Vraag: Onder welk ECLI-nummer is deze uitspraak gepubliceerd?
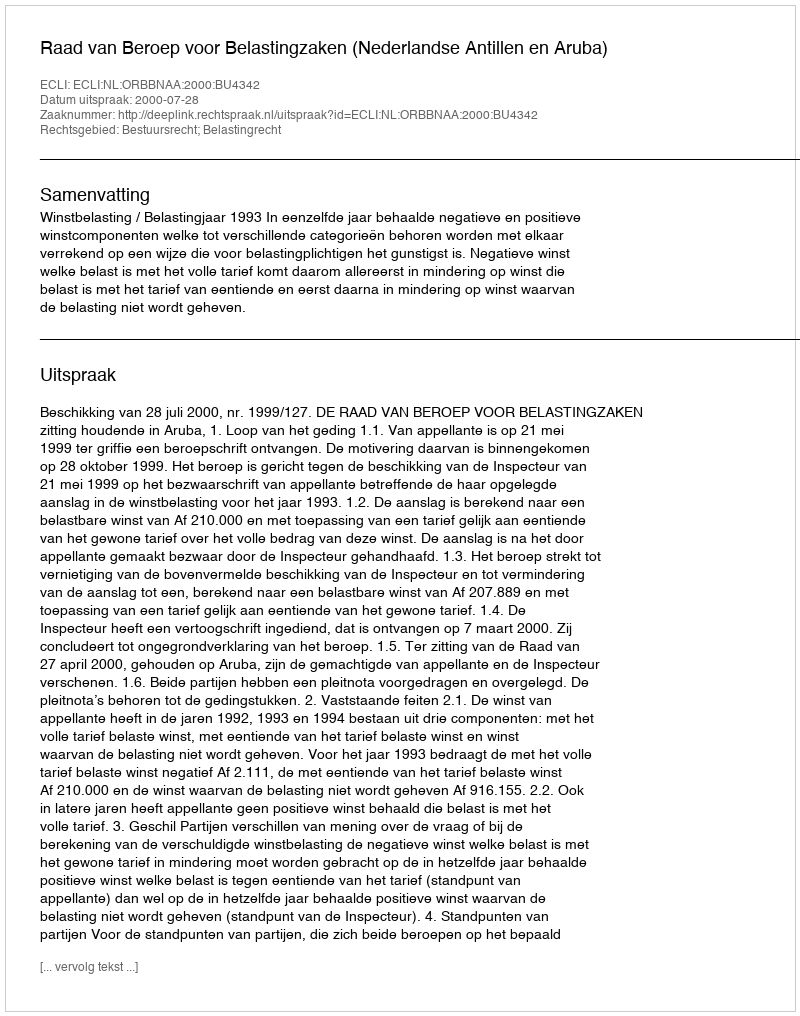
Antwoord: ECLI:NL:ORBBNAA:2000:BU4342